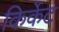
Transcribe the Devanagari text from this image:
किर्केट